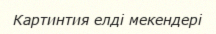
Картинтия елді мекендері